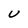
Character: U